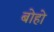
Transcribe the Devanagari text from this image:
बोहो